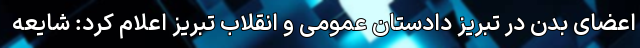
اعضای بدن در تبریز دادستان عمومی و انقلاب تبریز اعلام کرد: شایعه